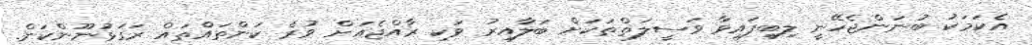
އެކަމަކު ބުނަންޖެހޭނީ ލިބިފައިވާ ވަސީލަތްތަކަށް ބަލާއިރު ވަކި ރާއްޖެއަށް ވުރެ ކަންތައްތައް ރަގަޅުނޫންކަން.